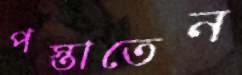
পস্তাতেন